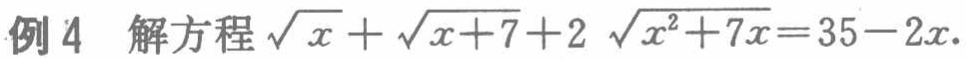
例 4 解方程\(\sqrt{x}+\sqrt{x + 7}+2\sqrt{x^{2}+7x}=35 - 2x\)